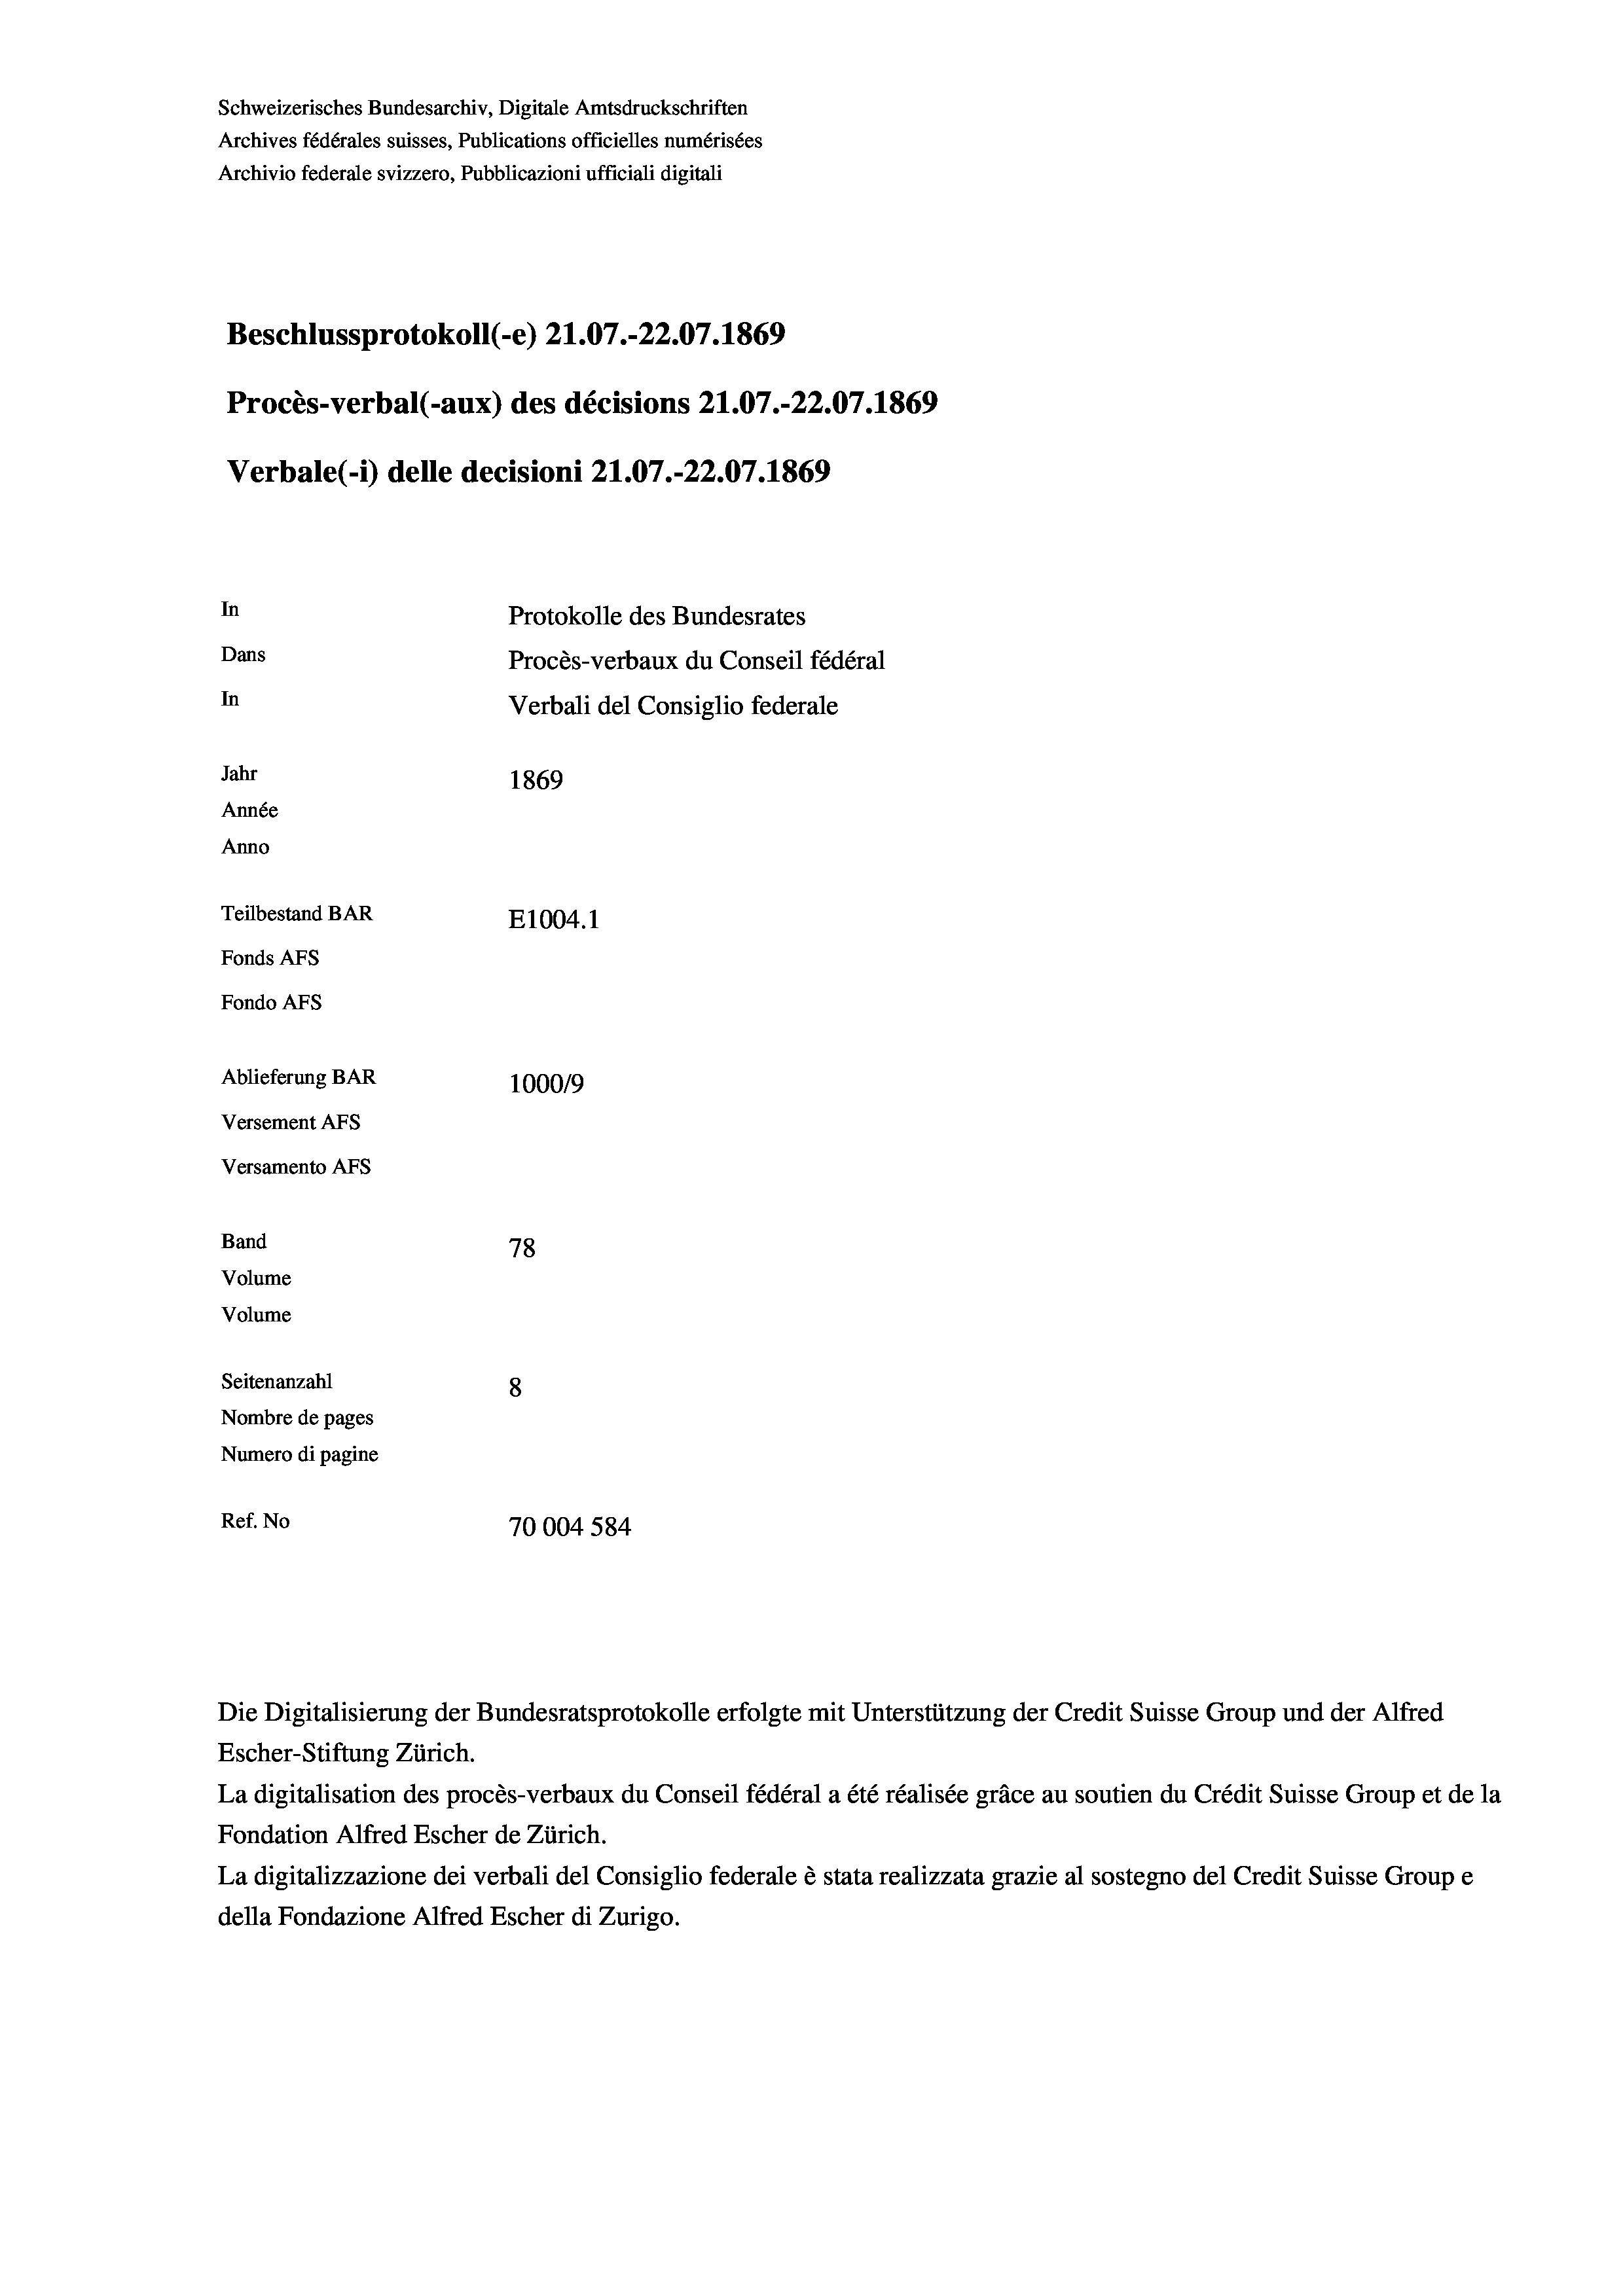
Schweizerisches Bundesarchiv, Digitale Amtsdruckschriften
Archives fédérales suisses, Publications officielles numérisées
Archivio federale svizzero, Pubblicazioni ufficiali digitali
Beschlussprotokoll (-e) 21.07.-22.07. 1869
Procès-verbal (-aux) des décisions 21.07.-22.07. 1869
Verbale (- 1) delle decisioni 21.07.-22.07. 1869
In
Protokolle des Bundesrates
Dans
Procès-verbaux du Conseil fédéral
In
Verbali del Consiglio federale
Jahr
1869
Année
Anno
Teilbestand BAR
E1004. 1
Fonds AFs
Fondo AFs
Ablieferung BAR
100019
Versement AFs
Versamento AFs
Band
78
Volume
Volume
Seitenanzahl
8
Nombre de pages
Numero di pagine
Ref. No
70004584

Escher-Stiftung Zürich.
La digitalisation des procès-verbaux du Conseil fédéral a été réalisée gräce au soutien du Crédit Suisse Group et de la
Fondation Alfred Escher de Zürich.
La digitalizzazione dei verbali del Consiglio federale è stata realizzata grazie al sostegno del Credit Suisse Groupe
della Fondazione Alfred Escher di Zurigo.

Die Digitalisierung der Bundesratsprotokolle erfolgte mit Unterstützung der Credit Suisse Group und der Alfred